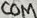
Text: COM